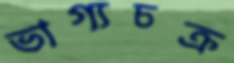
ভাগ্যচক্র